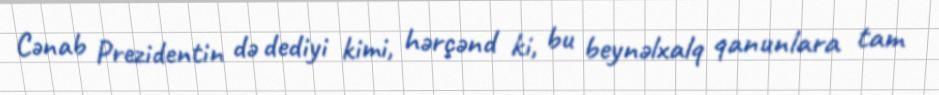
Cənab Prezidentin də dediyi kimi, hərçənd ki, bu beynəlxalq qanunlara tam